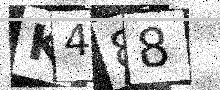
Text: K488